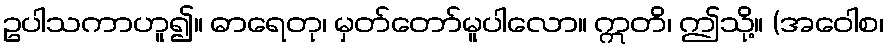
ဥပါသကာဟူ၍။ ဓာရေတု၊ မှတ်တော်မူပါလော။ ဣတိ၊ ဤသို့။ (အဝေါစ၊